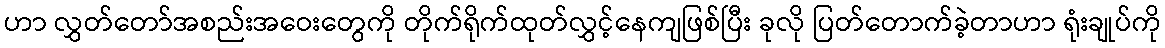
ဟာ လွှတ်တော်အစည်းအဝေးတွေကို တိုက်ရိုက်ထုတ်လွှင့်နေကျဖြစ်ပြီး ခုလို ပြတ်တောက်ခဲ့တာဟာ ရုံးချုပ်ကို